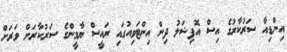
އިންޑިއާ ސަރުކާރުގެ އިސް އޮފިޝަލު ދިން އިންޓަވިއުގައި ރައީސް ޔާމީންގެ ސަރުކާރަށް ވަރަށް